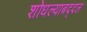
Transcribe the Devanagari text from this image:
शोधल्याबद्दल